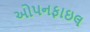
ઓપનફાઇલ